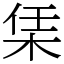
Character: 栠